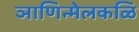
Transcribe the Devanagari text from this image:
ञाणिन्मेलकळि